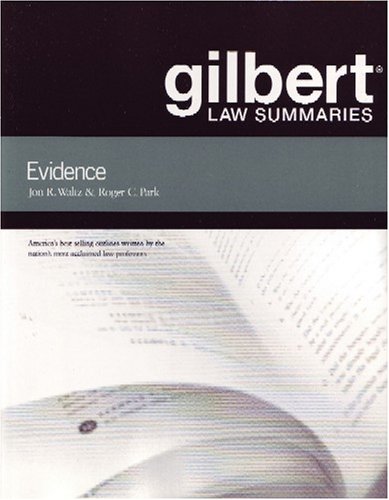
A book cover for Gilbert Law Summaries on Evidence; Jon Waltz; Law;